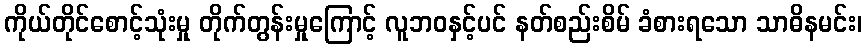
ကိုယ်တိုင်စောင့်သုံးမှု တိုက်တွန်းမှုကြောင့် လူဘဝနှင့်ပင် နတ်စည်းစိမ် ခံစားရသော သာဓိနမင်း၊